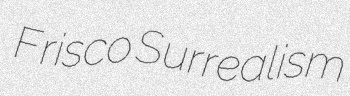
Frisco Surrealism